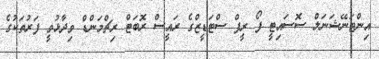
އިންޓަނޭޝަނަލް ސޮސައިޓީ ފޯ ރީފް ސްޓަޑީޒްގެ ރައީސް ރޮބަޓް ރިޗްމަންޑް ވިދާޅުވީ ފަރުތަކުގެ